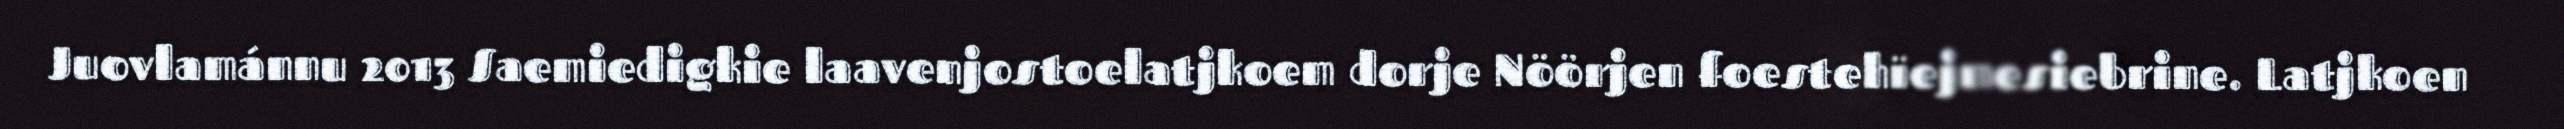
Juovlamánnu 2013 Saemiedigkie laavenjostoelatjkoem dorje Nöörjen foestehïejmesiebrine. Latjkoen